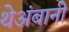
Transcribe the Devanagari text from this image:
थेअंबानी